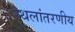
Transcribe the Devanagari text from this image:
स्थलांतरणीय